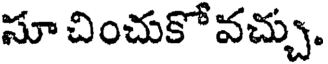
సూ చించుకో వచ్చు.